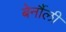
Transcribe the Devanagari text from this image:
बेर्नौली